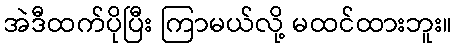
အဲဒီထက်ပိုပြီး ကြာမယ်လို့ မထင်ထားဘူး။